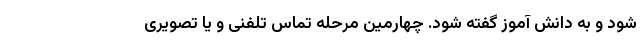
شود و به دانش آموز گفته شود. چهارمین مرحله تماس تلفنی و یا تصویری